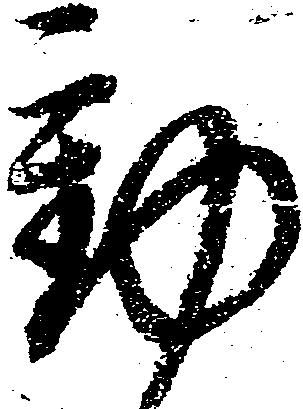
動